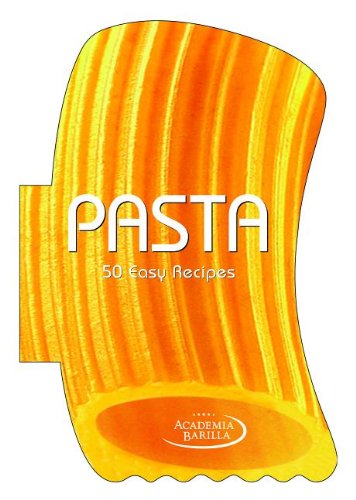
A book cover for Pasta: 50 Easy Recipes; Academia Barilla; Cookbooks, Food & Wine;